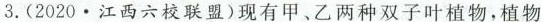
3.(2020·江西六校联盟)现有甲、乙两种双子叶植物，植物